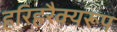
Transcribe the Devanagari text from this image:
हरिहरैक्यरूप